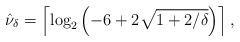
LaTeX: \begin{align*} \hat \nu_\delta = \left\lceil \log_2 \left (-6+2\sqrt{1+2/\delta} \right) \right \rceil,\end{align*}